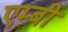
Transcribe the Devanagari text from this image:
एम्बी